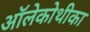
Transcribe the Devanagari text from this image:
ऑलेकोथीका